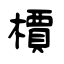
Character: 檟